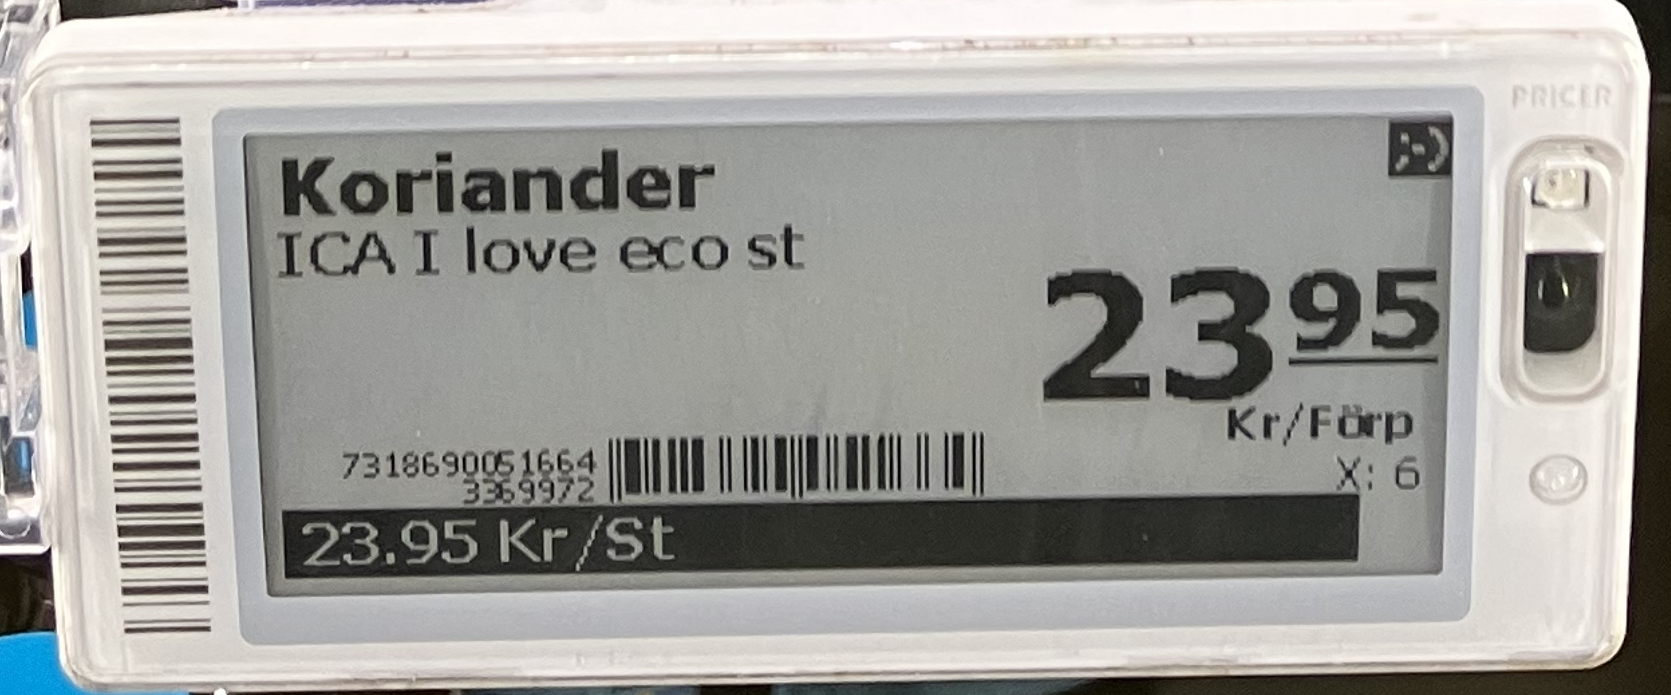
Vara: Koriander
Genomsnittspris: 23.95 per st